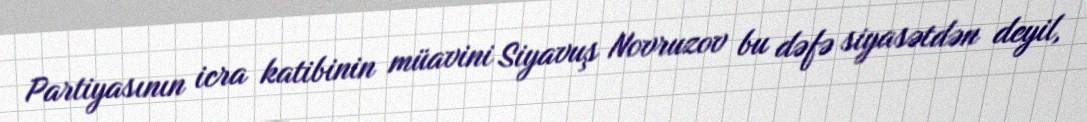
Partiyasının icra katibinin müavini Siyavuş Novruzov bu dəfə siyasətdən deyil,